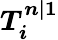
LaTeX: \boldsymbol{T_{i}^{n|1}}